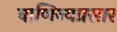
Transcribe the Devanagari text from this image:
वाणिज्यप्रसार